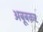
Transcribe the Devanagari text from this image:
अबूबक़र